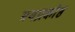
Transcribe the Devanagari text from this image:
भगप्रकोष्ठ